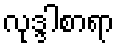
လုဒ္ဒါစာရာ